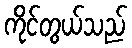
ကိုင်တွယ်သည်